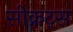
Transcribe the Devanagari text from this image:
सीक्रट्स